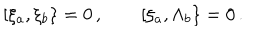
LaTeX: \lbrack \xi _ { a } , \xi _ { b } \} = 0 \, , \quad \quad \lbrack \xi _ { a } , \Lambda _ { b } \} = 0 \, .